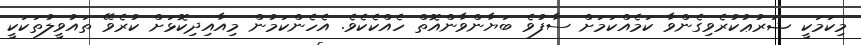
މިކަމަކީ ޝަރުޢުކުރެވިގެންވާ ކަމެއްކަމަށް ސާފުވެ ބަޔާންވާންއޮތް ހެއްކެކެވެ. އެހެންކަމުން މިއާއިދިކޮޅަށް ކުރެވޭ ތައުވީލުތަކަކީ